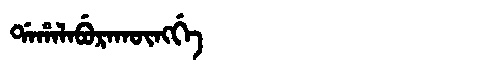
Manchu: ᡩᠠᡥᠠᠯᠠᠪᡠᡵᠠᡴᡡᠩᡤᡝ
Romanization: DAHALABURAKŪNGGE